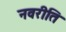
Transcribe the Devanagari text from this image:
नवरीति